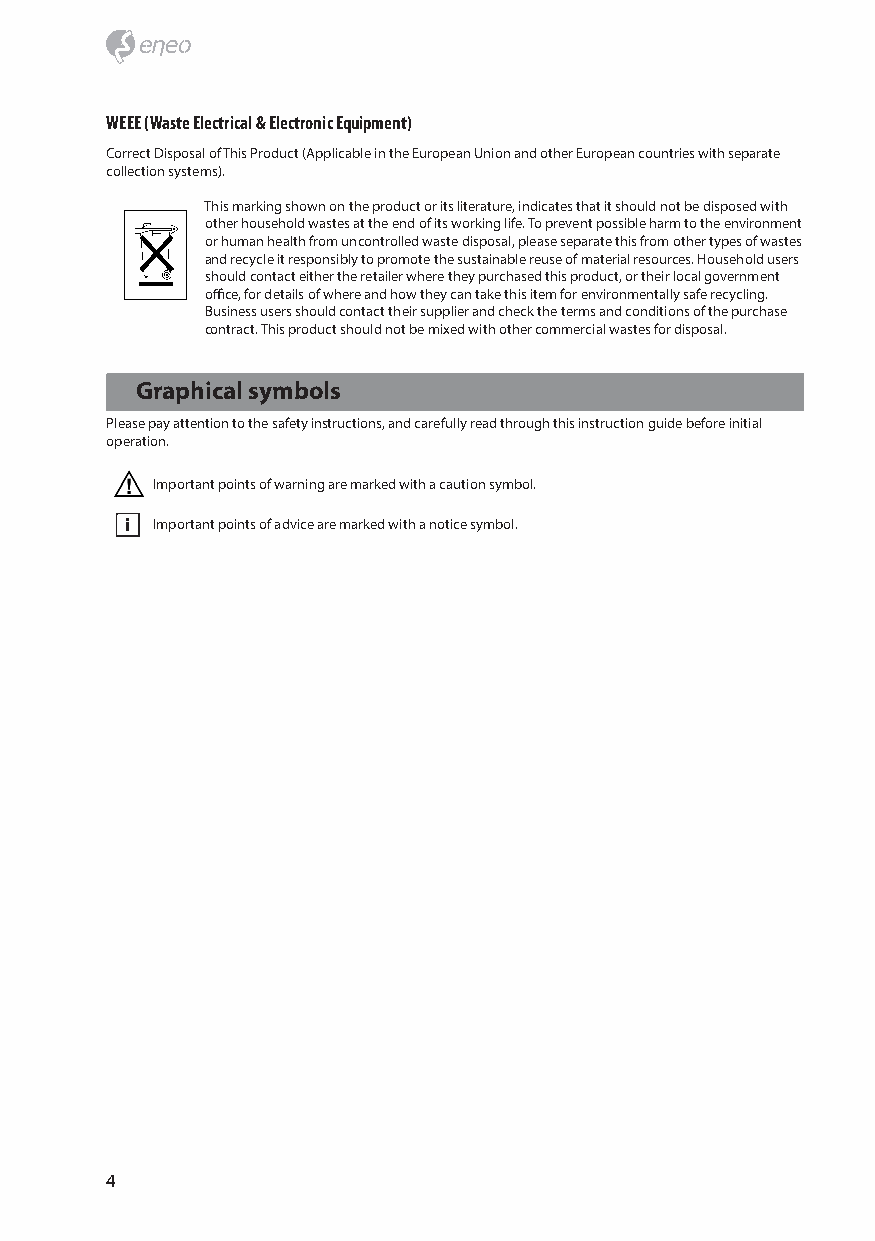
WEEE (Waste Electrical & Electronic Equipment)
 Correct Disposal of This Product (Applicable in the European Union and other European countries with separate
 collection systems).
 This marking shown on the product or its literature, indicates that it should not be disposed with
 other household wastes at the end of its working life. To prevent possible harm to the environment
 or human health from uncontrolled waste disposal, please separate this from other types of wastes
 and recycle it responsibly to promote the sustainable reuse of material resources. Household users
 should contact either the retailer where they purchased this product, or their local government
 office, for details of where and how they can take this item for environmentally safe recycling.
 Business users should contact their supplier and check the terms and conditions of the purchase
 contract. This product should not be mixed with other commercial wastes for disposal.
 Graphical symbols
 Please pay attention to the safety instructions, and carefully read through this instruction guide before initial
 operation.
 Important points of warning are marked with a caution symbol.
 i Important points of advice are marked with a notice symbol.
 4